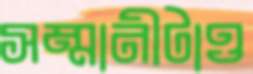
সম্মানীটাও